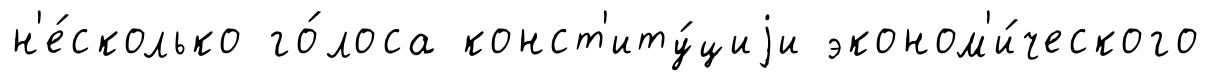
н'е́сколько го́лоса конст'иту́циjи эконом'и́ческого